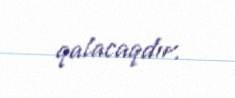
qalacaqdır.